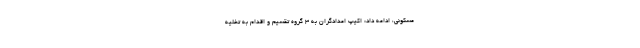
مسکونی، ادامه داد: اکیپ امدادگران به ۳ گروه تقسیم و اقدام به تخلیه